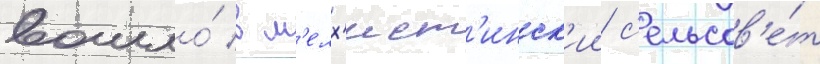
вошло́ в м'елх'ист'инск'ии с'ельсов'е́т